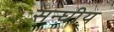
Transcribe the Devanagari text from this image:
सन्घीय